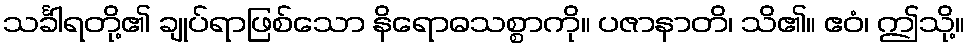
သင်္ခါရတို့၏ ချုပ်ရာဖြစ်သော နိရောဓသစ္စာကို။ ပဇာနာတိ၊ သိ၏။ ဧဝံ၊ ဤသို့။